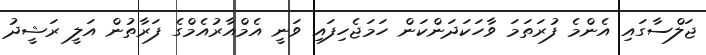
ޖަލްސާގައި އެންމެ ފުރަތަމަ ވާހަކަދަންކަން ހަމަޖެހިފައި ވަނީ އެމްއާރުއެމްގެ ފަރާތުން އަލީ ރަޝީދު